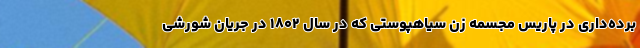
برده‌داری در پاریس مجسمه زن سیاهپوستی که در سال ۱۸۰۲ در جریان شورشی